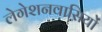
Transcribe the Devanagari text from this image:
लेगेशनवासियों